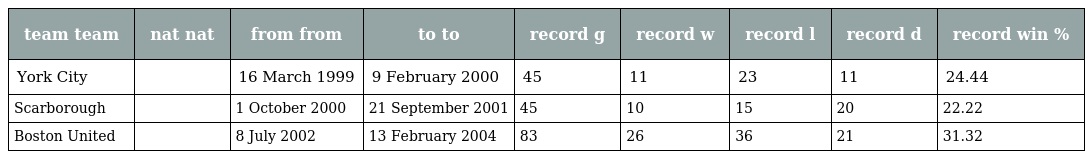
| team team | nat nat | from from | to to | record g | record w | record l | record d | record win % |
 | --- | --- | --- | --- | --- | --- | --- | --- | --- |
 | York City |  | 16 March 1999 | 9 February 2000 | 45 | 11 | 23 | 11 | 24.44 |
 | Scarborough |  | 1 October 2000 | 21 September 2001 | 45 | 10 | 15 | 20 | 22.22 |
 | Boston United |  | 8 July 2002 | 13 February 2004 | 83 | 26 | 36 | 21 | 31.32 |